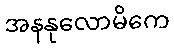
အနနုလောမိကေ